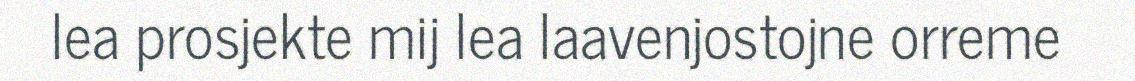
lea prosjekte mij lea laavenjostojne orreme